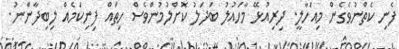
ފެނި ކެތްނުވެގެން މިއަހާލީ. ދިރިއުޅޭ މާހައުލު ބަދަލު ކޮށްލުމުންވެސް ހިތައް ފިނިކަމެއް ލިބިދާންނު.